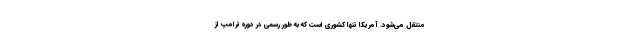
منتقل می‌شود. آمریکا تنها کشوری است که به طور رسمی در دوره ترامپ از